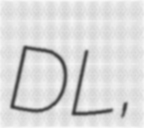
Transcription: DL,